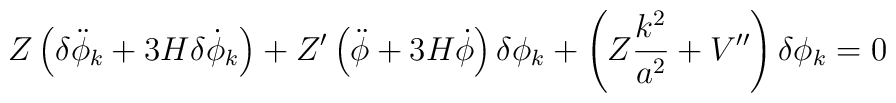
Z \left( \delta \ddot{\phi}_k + 3 H \delta \dot{\phi}_k \right) + Z^{\prime}  \left( \ddot{\phi} + 3 H \dot{\phi} \right)  \delta \phi_k+ \left( Z \frac{k^2}{a^2} + V^{\prime \prime} \right) \delta \phi_k= 0